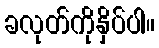
ခလုတ်ကိုနှိပ်ပါ။